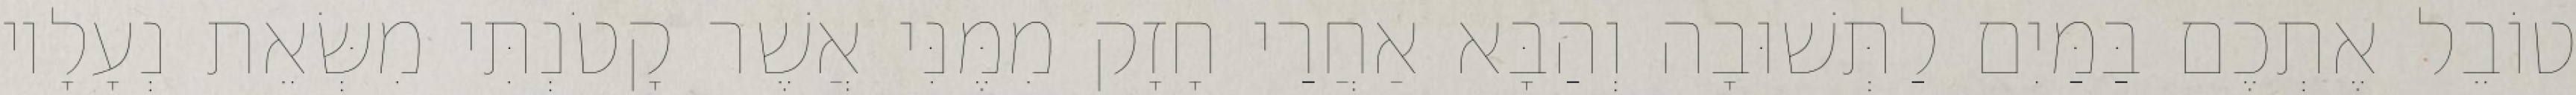
טוֹבֵל אֶתְכֶם בַּמַּיִם לַתְּשׁוּבָה וְהַבָּא אַחֲרַי חָזָק מִמֶּנִּי אֲשֶׁר קָטֹנְתִּי מִשְּׂאֵת נְעָלָיו